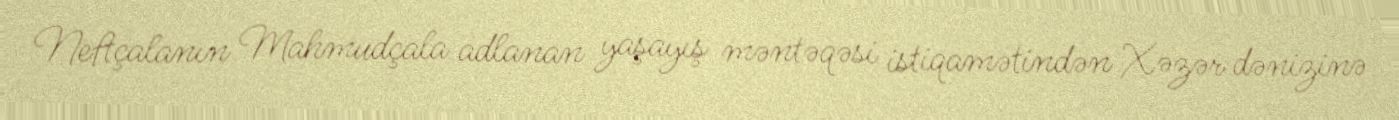
Neftçalanın Mahmudçala adlanan yaşayış məntəqəsi istiqamətindən Xəzər dənizinə